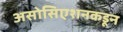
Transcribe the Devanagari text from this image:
असोसिएशनकडून